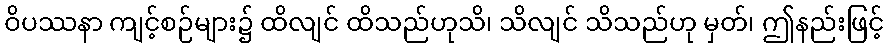
ဝိပဿနာ ကျင့်စဉ်များ၌ ထိလျင် ထိသည်ဟုသိ၊ သိလျင် သိသည်ဟု မှတ်၊ ဤနည်းဖြင့်